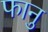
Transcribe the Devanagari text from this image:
फानु